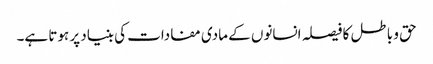
حق و باطل کا فیصلہ انسانوں کے مادی مفادات کی بنیاد پر ہوتا ہے۔